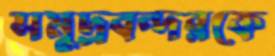
সমুদ্রবন্দরকে